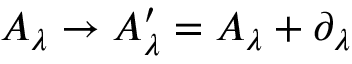
A _ { \lambda } \rightarrow A _ { \lambda } ^ { \prime } = A _ { \lambda } + \partial _ { \lambda }